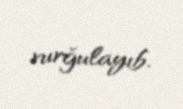
vurğulayıb.